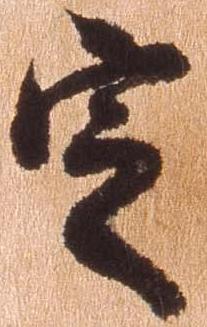
定